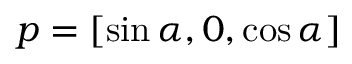
\boldsymbol { p } = [ \sin \alpha , 0 , \cos \alpha ]